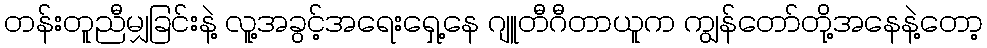
တန်းတူညီမျှခြင်းနဲ့ လူ့အခွင့်အရေးရှေ့နေ ဂျူတီဂီတာယူက ကျွန်တော်တို့အနေနဲ့တော့